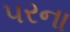
પરના